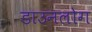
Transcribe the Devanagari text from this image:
डाउनलोग